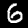
Digit: 6